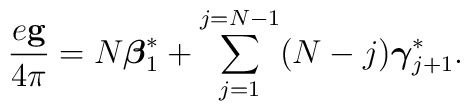
\frac{e{\bf g}}{4\pi} =  N{\mbox{\boldmath $\beta$}}_1^*+ \sum_{j=1}^{j=N-1}(N-j){\mbox{\boldmath $\gamma$}}_{j+1}^*  .